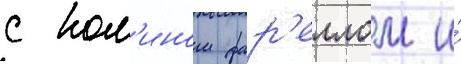
с кол'ином фар'еллом и́